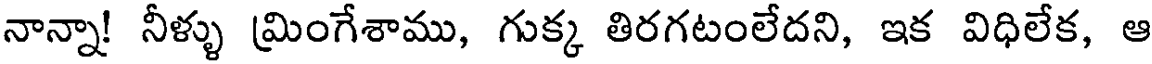
నాన్నా! నీళ్ళు మ్రింగేశాము, గుక్క తిరగటంలేదని, ఇక విధిలేక, ఆ